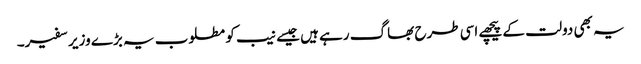
یہ بھی دولت کے پیچھے اسی طرح بھاگ رہے ہیں جیسے نیب کو مطلوب یہ بڑے وزیر سفیر۔